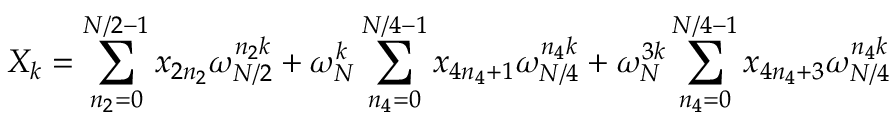
X _ { k } = \sum _ { n _ { 2 } = 0 } ^ { N / 2 - 1 } x _ { 2 n _ { 2 } } \omega _ { N / 2 } ^ { n _ { 2 } k } + \omega _ { N } ^ { k } \sum _ { n _ { 4 } = 0 } ^ { N / 4 - 1 } x _ { 4 n _ { 4 } + 1 } \omega _ { N / 4 } ^ { n _ { 4 } k } + \omega _ { N } ^ { 3 k } \sum _ { n _ { 4 } = 0 } ^ { N / 4 - 1 } x _ { 4 n _ { 4 } + 3 } \omega _ { N / 4 } ^ { n _ { 4 } k }